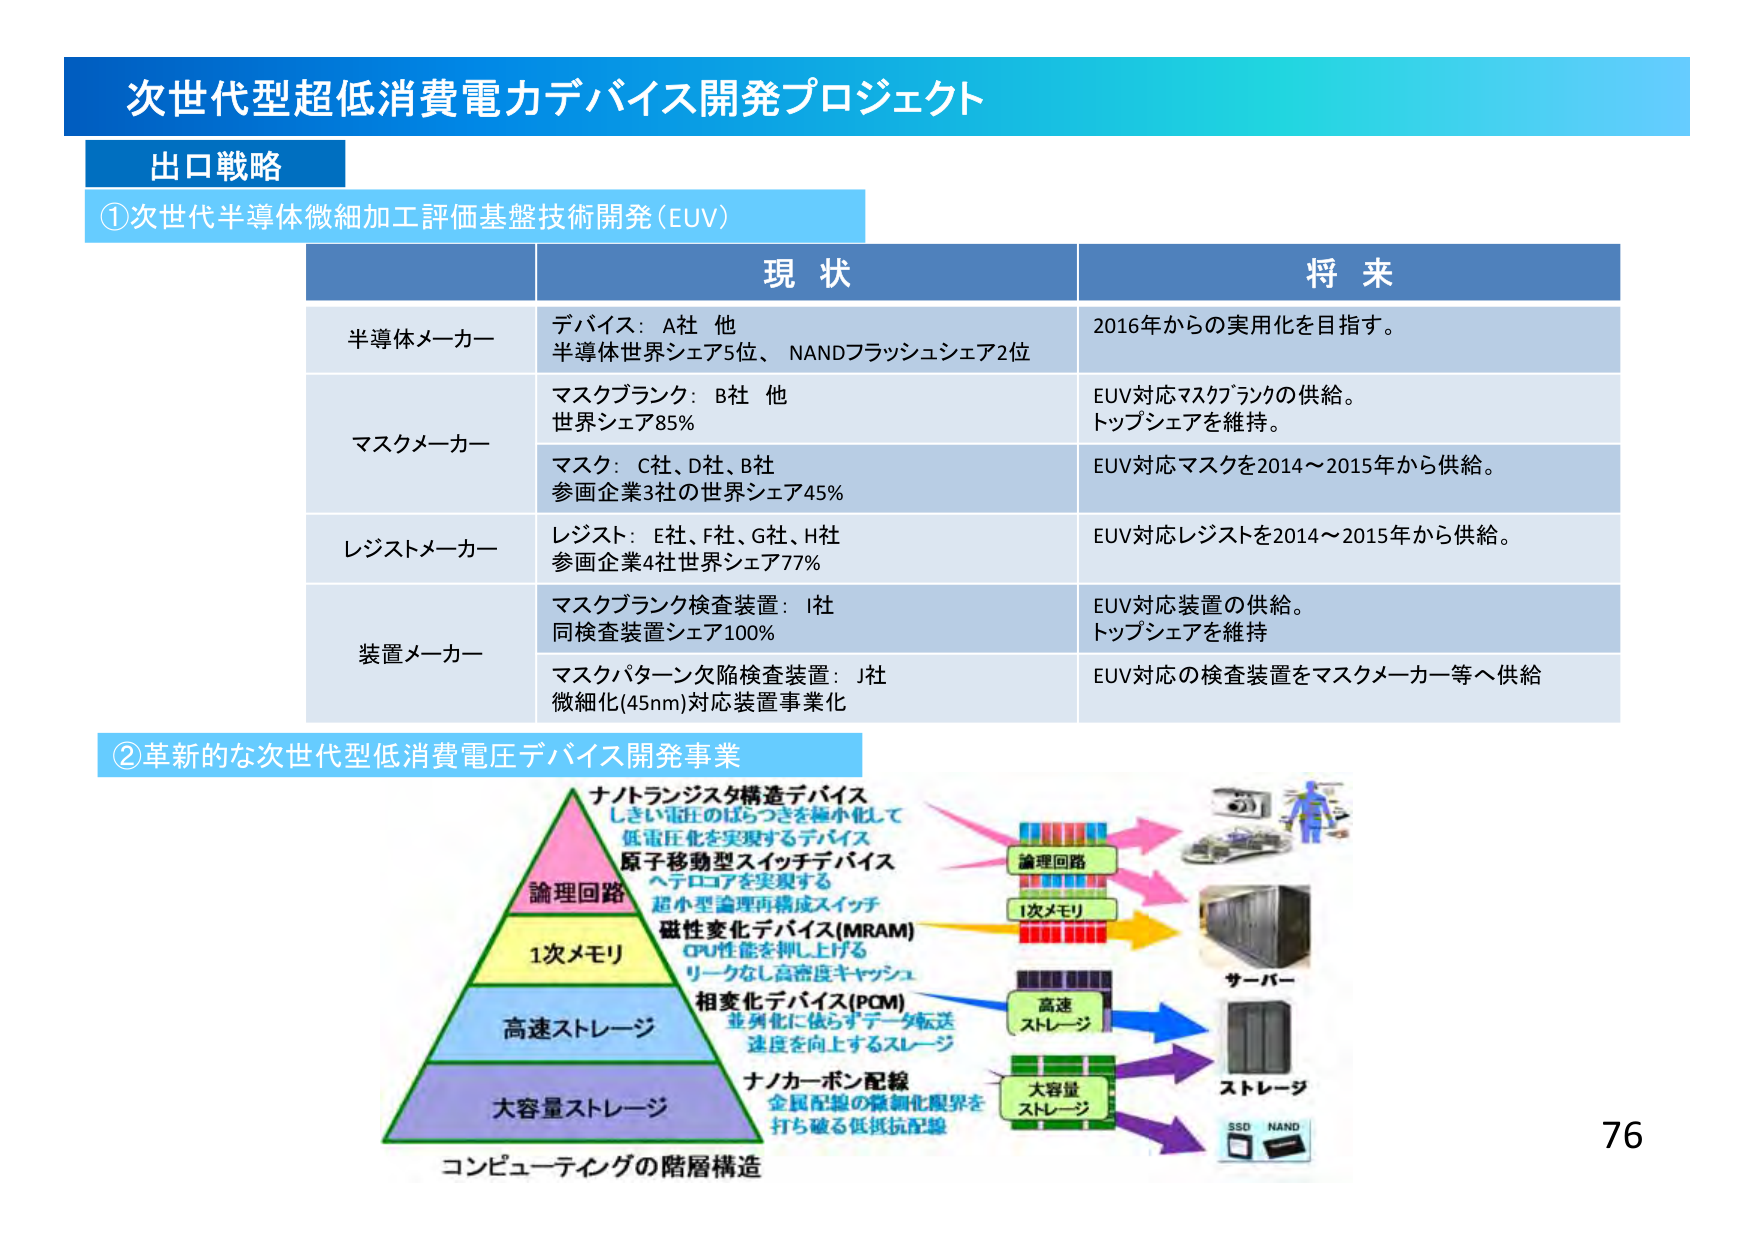
次世代型超低消費電力デバイス開発プロジェクト
出口戦略
①次世代半導体微細加工評価基盤技術開発（EUV）
現状
将来
半導体メーカー
デバイス：A社 他
半導体世界シェア5位、NANDフラッシュシェア2位
2016年からの実用化を目指す。
マスクメーカー
マスクブランク：B社 他
世界シェア85%
EUV対応マスクブランクの供給。
トップシェアを維持。
マスク：C社、D社、B社
参画企業3社の世界シェア45%
EUV対応マスクを2014～2015年から供給。
レジストメーカー
レジスト：E社、F社、G社、H社
参画企業4社世界シェア77%
EUV対応レジストを2014～2015年から供給。
装置メーカー
マスクブランク検査装置：I社
同検査装置シェア100%
EUV対応装置の供給。
トップシェアを維持
マスクパターン欠陥検査装置：J社
微細化(45nm)対応装置事業化
EUV対応の検査装置をマスクメーカー等へ供給
②革新的な次世代型低消費電圧デバイス開発事業
ナノトランジスタ構造デバイス
しきい電圧のはらつきを極小化して
低電圧化を実現するデバイス
原子移動型スイッチデバイス
ヘテロコアを実現する
超小型論理再構成スイッチ
論理回路
1次メモリ
磁性変化デバイス(MRAM)
CPU性能を押し上げる
リークなし高密度キャッシュ
相変化デバイス(PCM)
並列化に依らずデータ転送
速度を向上するストレージ
ナノカーボン配線
金属配線の微細化限界を
打ち破る低抵抗配線
高速ストレージ
大容量ストレージ
コンピューティングの階層構造
論理回路
1次メモリ
高速ストレージ
大容量ストレージ
サーバー
ストレージ
SSD NAND
76